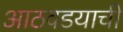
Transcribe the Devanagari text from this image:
आठवडयाची